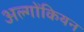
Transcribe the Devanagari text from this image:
अल्गोंकियन